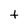
Character: t